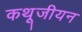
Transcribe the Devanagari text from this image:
कथूजीयन